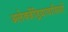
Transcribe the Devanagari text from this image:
अलेक्जेंड्रियावासियों